Scientific memoirs by medical officers of the Army of India - Part III,
Year: 1887
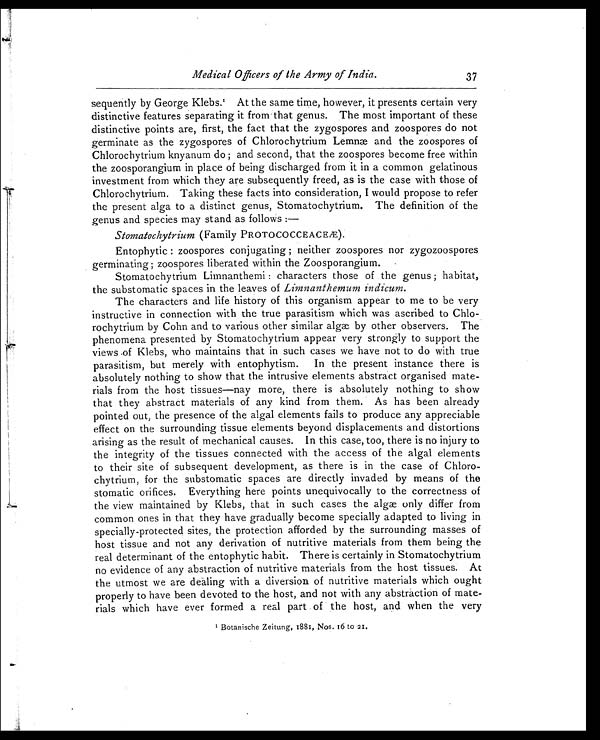
Medical Officers of the Army of India.
37
sequently by George Kiebs. 1 A t t h e s a m e t i m e , h o w e v e r , i t p r e s e n t s c e r t a i n v e r y
distinctive features separating it from that genus. The most important of these
distinctive points are, first, the fact that the zygospores and zoospores do not
germinate as the zygospores of Chlorochytrium Lemnæ and the zoospores of
Chlorochytrium knyanum do; and second, that the zoospores become free within
the zoosporangium in place of being discharged from it in a common gelatinous
investment from which they are subsequently freed, as is the case with those of
Chlorochytrium. Taking these facts into consideration, I would propose to refer
the present alga to a distinct genus, Stomatochytrium. The definition of the
genus and species may stand as follows
: —
Stomatochytrium (Family PROTOCOCCEACEÆ).
Entophytic: zoospores conjugating; neither zoospores nor zygozoospores
germinating; zoospores liberated within the Zoosporangium.
Stomatochytrium Limnanthemi: characters those of the genus; habitat,
the substomatic spaces in the leaves of Limnanthemum indicum.
The characters and life history of this organism appear to me to be very
instructive in connection with the true parasitism which was ascribed to Chlo-
rochytrium by Cohn and to various other similar algæ by other observers. The
phenomena presented by Stomatochytrium appear very strongly to support the
views off Klebs, who maintains that in such cases we have not to do with true
parasitism, but merely with entophytism. In the present instance there is
absolutely nothing to show that the intrusive elements abstract organised mate-
rials from the host tissues—nay more, there is absolutely nothing to show
that they abstract materials of any kind from them. As has been already
pointed out, the presence of the algal elements fails to produce any appreciable
effect on the surrounding tissue elements beyond displacements and distortions
arising as the result of mechanical causes. In this case, too, there is no injury to
the integrity of the tissues connected with the access of the algal elements
to their site of subsequent development, as there is in the case of
Chloro-chytrium, for the substomatic spaces are directly invaded by means of the
stomatic orifices. Everything here points unequivocally to the correctness of
the view maintained by Klebs, that in such cases the algæ only differ from
common ones in that they have gradually become specially adapted to living in
specially-protected sites, the protection afforded by the surrounding masses of
host tissue and not any derivation of nutritive materials from them being the
real determinant of the entophytic habit. There is certainly in Stomatochytrium
no evidence of any abstraction of nutritive materials from the host tissues. At
the utmost we are dealing with a diversion of nutritive materials which ought
properly to have been devoted to the host, and not with any abstraction of mate-
rials which have ever formed a real part of the host, and when the very
1
B o t a n i s c h e Z e i t u n g , 1 8 8 1 , N o s . 1 6 t o 2 1 .